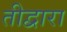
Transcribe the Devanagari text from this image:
तीद्वारा